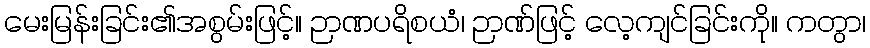
မေးမြန်းခြင်း၏အစွမ်းဖြင့်။ ဉာဏပရိစယံ၊ ဉာဏ်ဖြင့် လေ့ကျင်ခြင်းကို။ ကတွာ၊